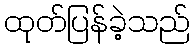
ထုတ်ပြန်ခဲ့သည်